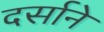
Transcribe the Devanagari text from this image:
दर्साने